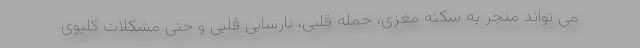
می تواند منجر به سکته مغزی، حمله قلبی، نارسایی قلبی و حتی مشکلات کلیوی